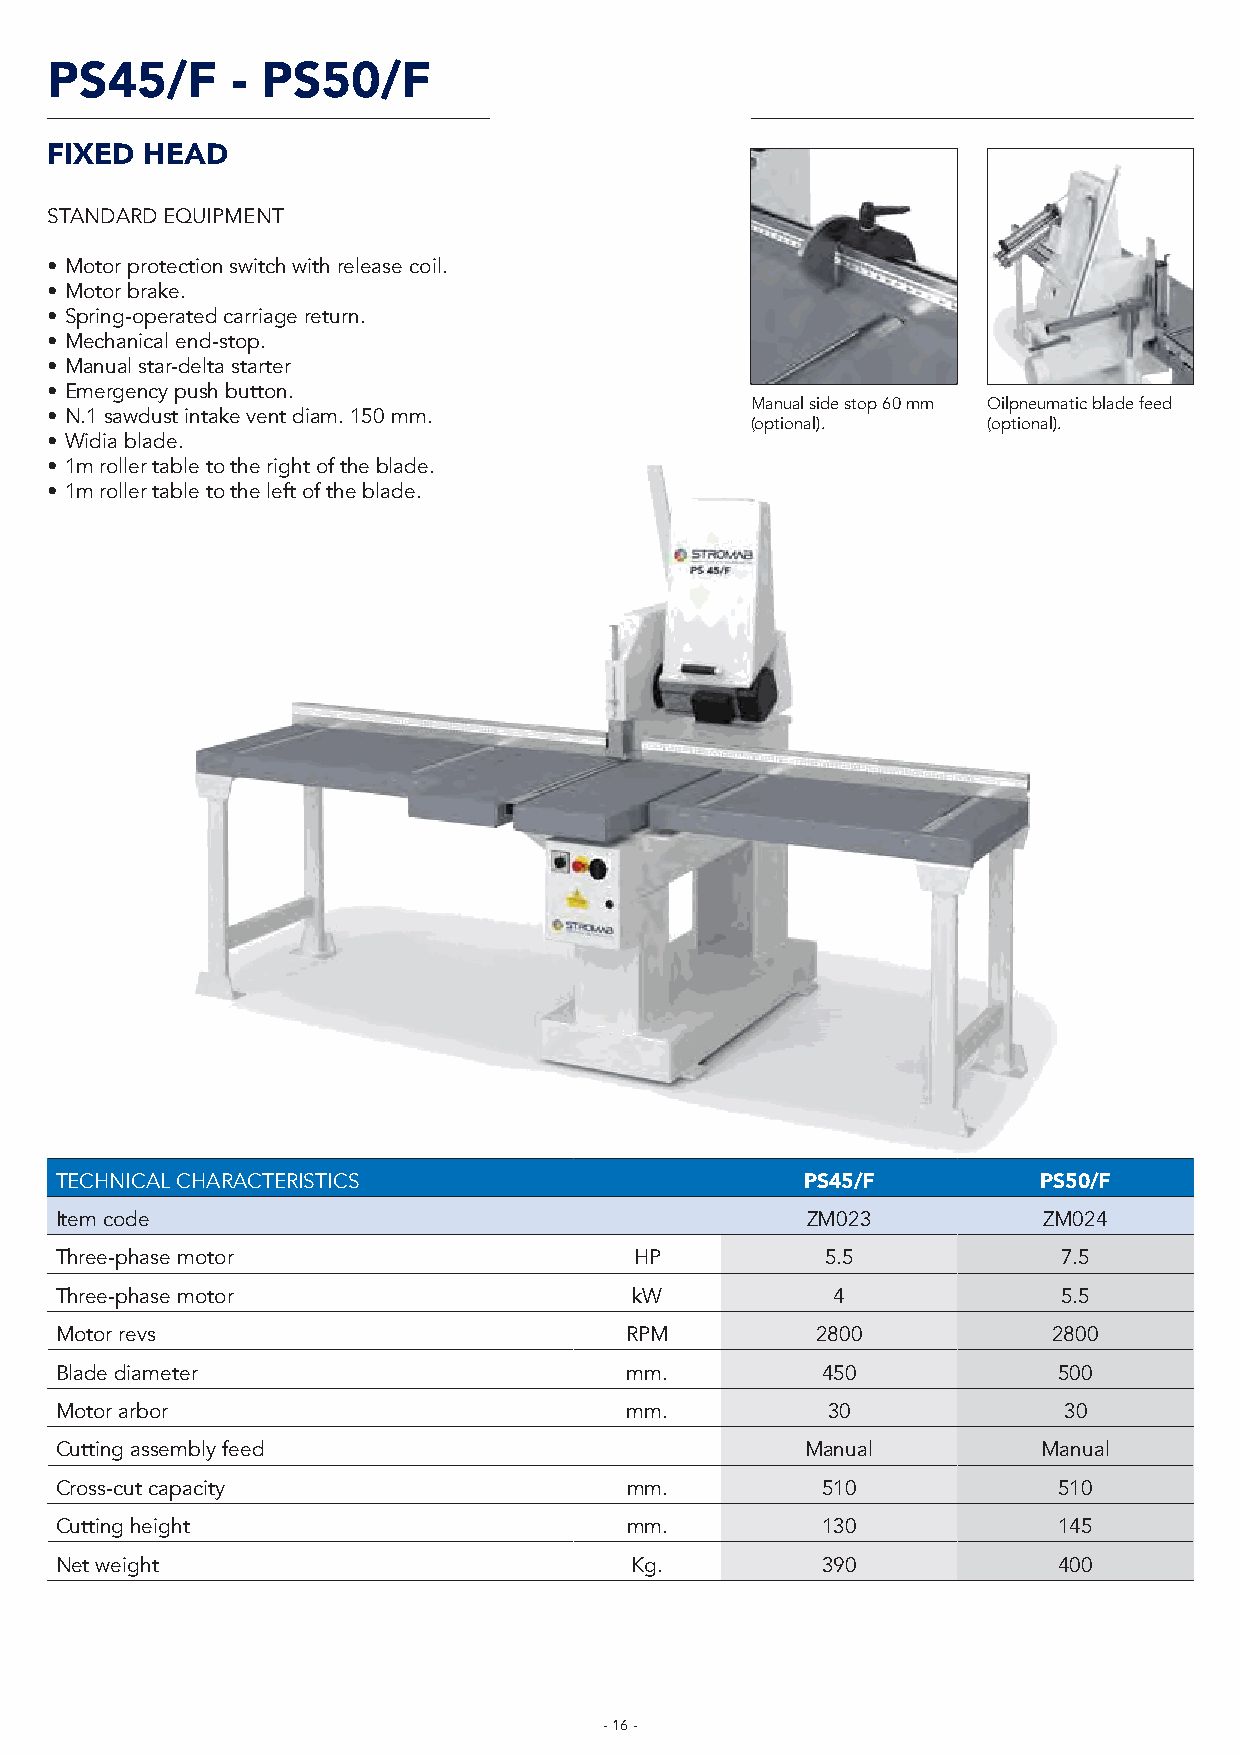
PS45/F      - PS50/F
 FIXED HEAD
 STANDARD EQUIPMENT
 • Motor protection switch with release coil.
 • Motor brake.
 • Spring-operated carriage return.
 • Mechanical end-stop.
 • Manual star-delta starter
 • Emergency push button.
 Manual side stop 60 mm Oilpneumatic blade feed
 • N.1 sawdust intake vent diam. 150 mm.
 (optional).    (optional).
 • Widia blade.
 • 1m roller table to the right of the blade.
 • 1m roller table to the left of the blade.
 TECHNICAL CHARACTERISTICS                        PS45/F          PS50/F
 Item code                                        ZM023           ZM024
 Three-phase motor                     HP           5.5            7.5
 Three-phase motor                     kW           4              5.5
 Motor revs                           RPM          2800            2800
 Blade diameter                       mm.          450             500
 Motor arbor                          mm.           30             30
 Cutting assembly feed                            Manual          Manual
 Cross-cut capacity                   mm.          510             510
 Cutting height                       mm.          130             145
 Net weight                            Kg.         390             400
 - 16 -